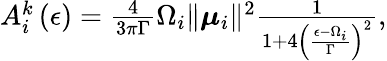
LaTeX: \begin{array}{r}{A_{i}^{k}\left(\epsilon\right)=\frac{4}{3\pi\Gamma}\Omega_{i}\lVert\boldsymbol{\mu}_{i}\rVert^{2}\frac{1}{1+4\left(\frac{\epsilon-\Omega_{i}}{\Gamma}\right)^{2}},}\end{array}